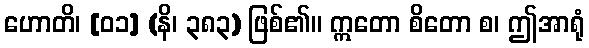
ဟောတိ၊ [၀၁] (နိ၊ ၃၈၃) ဖြစ်၏။ ဣတော စိတော စ၊ ဤအာရုံ